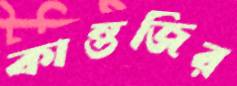
কান্তজির